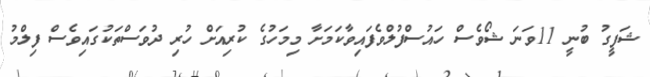
ޝަފީގު ބުނީ 11ވަނަ ޝޯވެސް ހައުސްފުލްވެފައިވާކަމަށާ މިމަހުގެ ކުރިއަށް ހުރި ދުވަސްތަކުގައިވެސް ފިލްމު